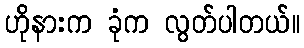
ဟိုနားက ခုံက လွတ်ပါတယ်။